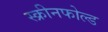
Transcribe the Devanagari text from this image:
स्क्रीनफोल्ड